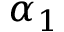
\alpha _ { 1 }